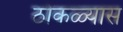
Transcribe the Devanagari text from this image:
ठोकळ्यास